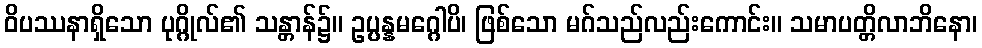
ဝိပဿနာရှိသော ပုဂ္ဂိုလ်၏ သန္တာန်၌။ ဥပ္ပန္နမဂ္ဂေါပိ၊ ဖြစ်သော မဂ်သည်လည်းကောင်း။ သမာပတ္တိလာဘိနော၊